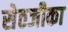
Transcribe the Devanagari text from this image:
सेठजीका